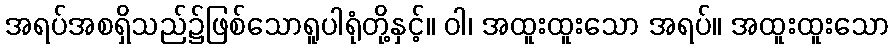
အရပ်အစရှိသည်၌ဖြစ်သောရူပါရုံတို့နှင့်။ ဝါ၊ အထူးထူးသော အရပ်။ အထူးထူးသော